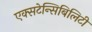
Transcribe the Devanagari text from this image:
एक्सटेन्सिबिलिटी